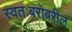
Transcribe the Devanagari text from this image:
स्वतःबरोबरील